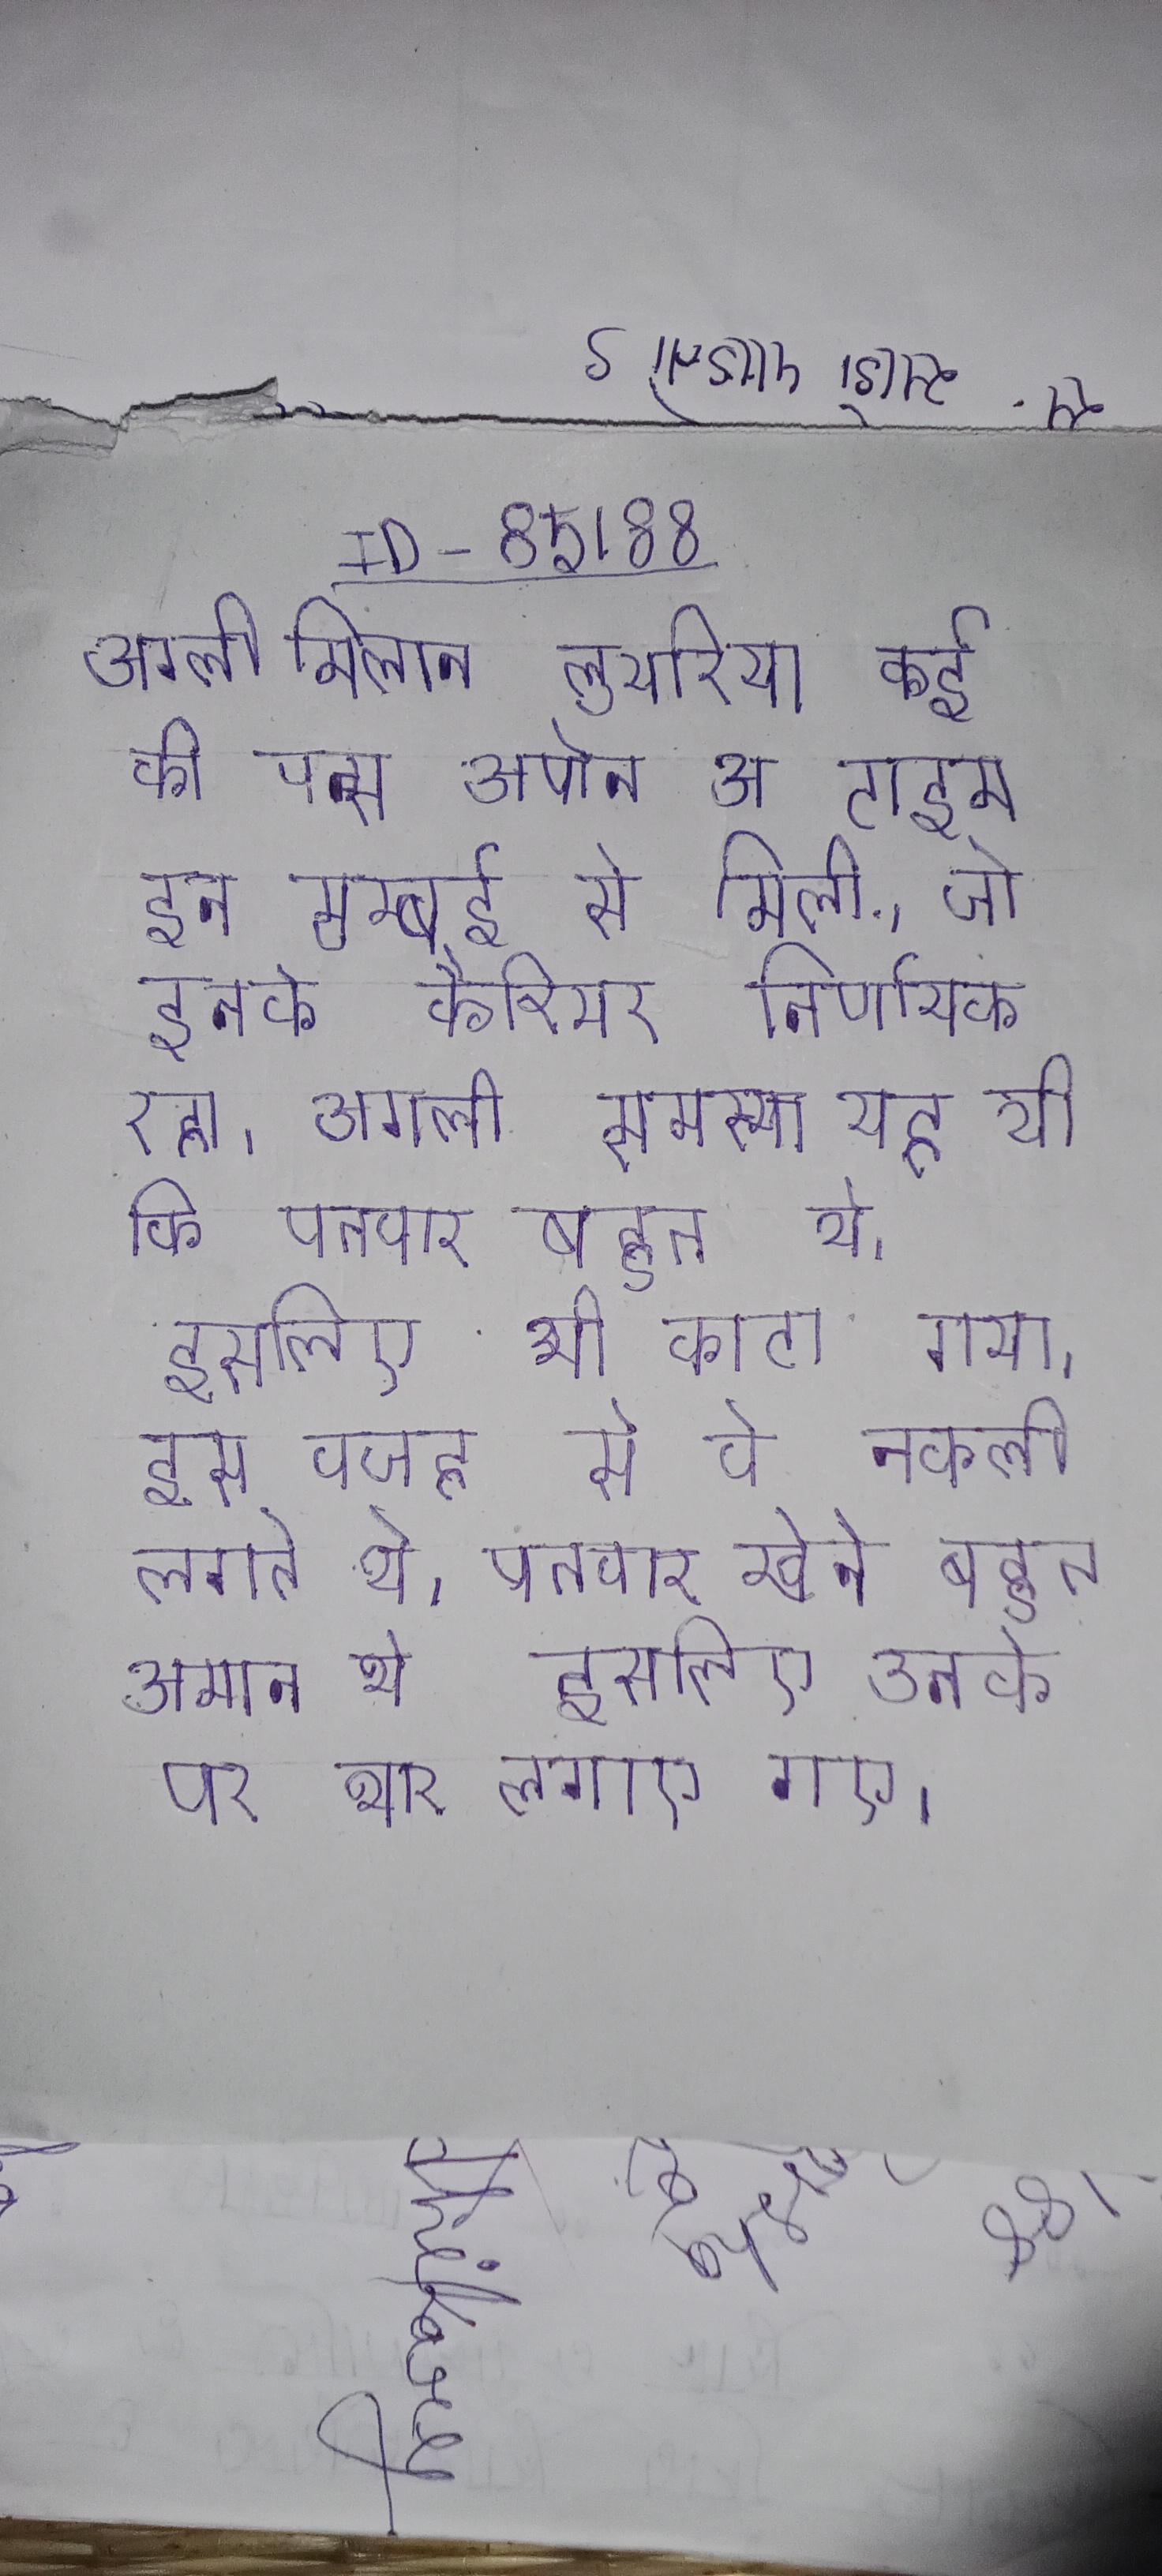
अगली मिलान लुथरिया कई की वन्स अपोन अ टाइम इन मुम्बई से मिली, जो इनके कैरियर निर्णायक रहा । अगली समस्या यह थी कि पतवार बहुत थे, इसलिए भी काटा गया, इस वजह से वे नकली लगते थे, पतवार खेने बहुत आसान थे, इसलिए उनके पर भार लगाए गए ।